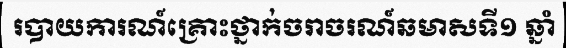
របាយការណ៍គ្រោះថ្នាក់ចរាចរណ៍ឆមាសទី១ ឆ្នាំ